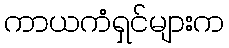
ကာယကံရှင်များက